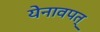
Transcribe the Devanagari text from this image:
येनावपत्